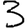
Digit: 3